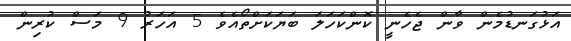
އަޅުގަނޑުމެން ވާން ޖެހެނީ ކޮންކަހަލަ ބަޔަކަށްތޯއެވެ 5 އަހަރު 9 މަސް ކުރިން